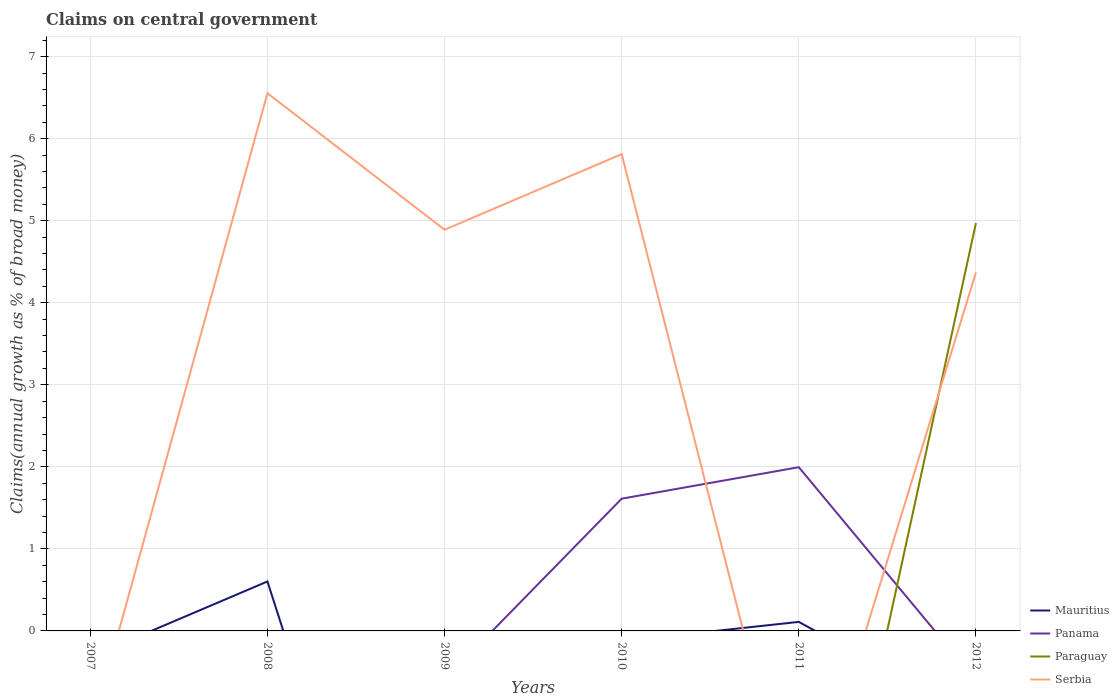
| Years | Mauritius | Panama | Paraguay | Serbia |
 | --- | --- | --- | --- | --- |
 | 2007 | -0.316 | -6.72 | -6.86 | -1.26 |
 | 2008 | 0.603 | -3 | -7.25 | 6.55 |
 | 2009 | -6.12 | -0.595 | -3.15 | 4.89 |
 | 2010 | -0.124 | 1.61 | -6.3 | 5.81 |
 | 2011 | 0.11 | 2 | -4.95 | -2.65 |
 | 2012 | -1.07 | -0.602 | 4.97 | 4.37 |